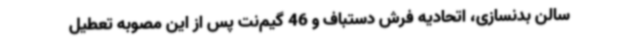
سالن بدنسازی، اتحادیه فرش دستباف و 46 گیم‌نت پس از این مصوبه تعطیل